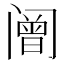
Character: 𰿼